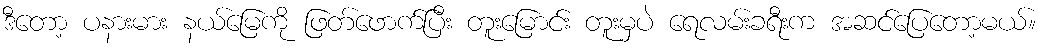
ဒီတော့ ပနားမား နယ်မြေကို ဖြတ်ဖောက်ပြီး တူးမြောင်း တူးမှပဲ ရေလမ်းခရီးက အဆင်ပြေတော့မယ်။